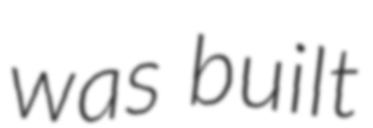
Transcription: was built